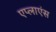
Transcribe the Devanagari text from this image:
एप्लाएंस